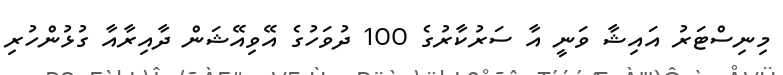
މިނިސްޓަރު އައިޝާ ވަނީ އާ ސަރުކާރުގެ 100 ދުވަހުގެ އޭވިއޭޝަން ދާއިރާއާ ގުޅުންހުރި